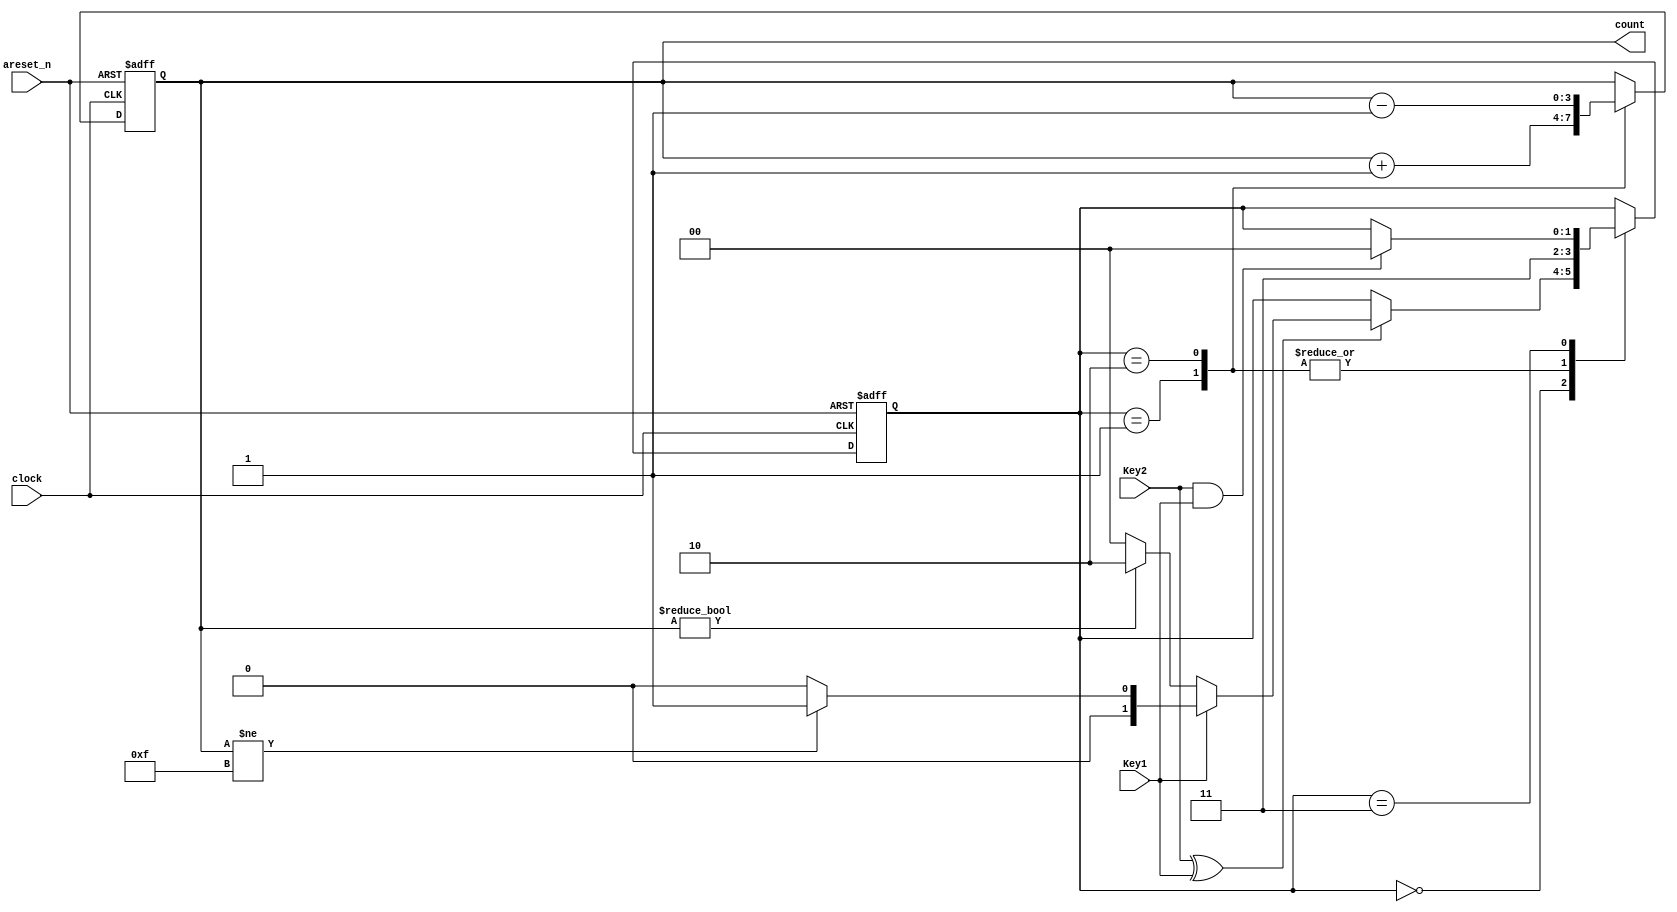
module ASM_speed_moore2_2024 (
    clock,areset_n,Key2,Key1, count);

    input clock;
    input areset_n;
    input Key2;
    input Key1;
    output reg [3:0] count;



  
    (*syn_encoding="user"*)  reg [1:0] fstate;


    localparam estado0=2'b00,estado1=2'b01,estado2=2'b10,estado3=2'b11;

  always @(posedge clock or negedge areset_n)

      if (!areset_n) 
			begin
            fstate <= estado0;
				count<=4'b0000;
        end
      else 
        case (fstate)
            estado0: 
              	 if ((Key2 ^ Key1))
							if (Key1)
								if (count!=4'b1111)
									fstate<=estado1;
                else
                  fstate<=estado0;
							else
								if (count!=4'b0000)
									fstate<=estado2;
                else
                  fstate<=estado0;  

            estado1: 
            begin
            	fstate<=estado3;  
				count<=count+4'b1;
            end
            estado2: 
            begin
            	fstate<=estado3;  
				count<=count-4'b1;
            end
            estado3: 
              	if (Key2==1'b1 && Key1==1'b1)
                       fstate <= estado0;				

				default:
               fstate <= estado0;	
        endcase

endmodule // idea_kit